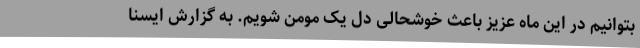
بتوانیم در این ماه عزیز باعث خوشحالی دل یک مومن شویم. به گزارش ایسنا